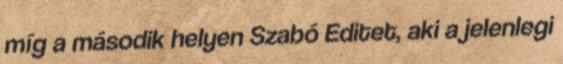
míg a második helyen Szabó Editet, aki a jelenlegi